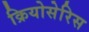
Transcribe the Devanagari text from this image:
क्रियोसेरिस